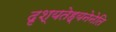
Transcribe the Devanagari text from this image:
दृश्यतेह्यनेनेति